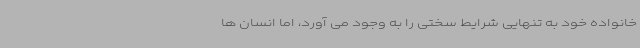
خانواده خود به تنهایی شرایط سختی را به وجود می آورد، اما انسان ها